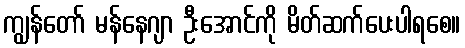
ကျွန်တော် မန်နေဂျာ ဦးအောင်ကို မိတ်ဆက်ပေးပါရစေ။